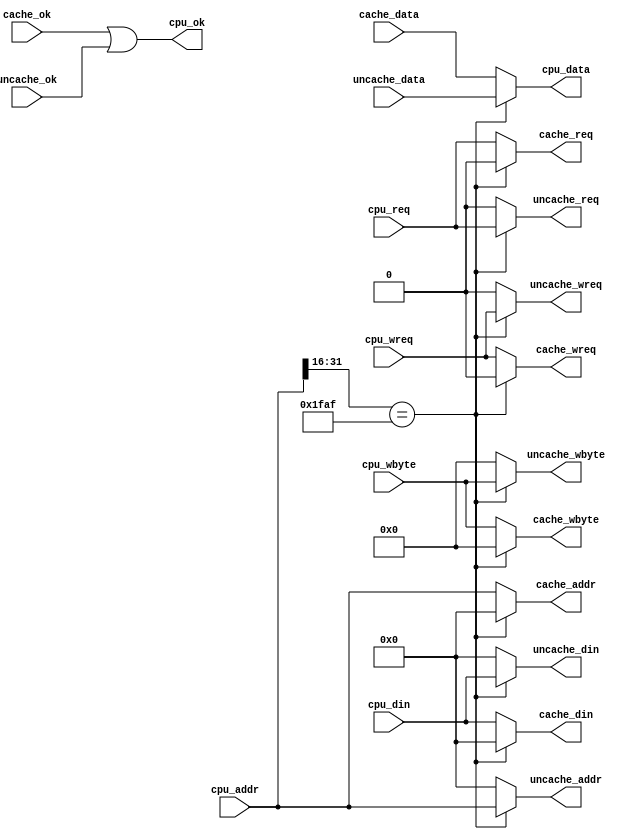
`timescale 1ns / 1ps
//////////////////////////////////////////////////////////////////////////////////
// Company: 
// Engineer: 
// 
// Design Name: 
// Module Name: xaddr
// Project Name: 
// Target Devices: 
// Tool Versions: 
// Description: 
// 
// Dependencies: 
// 
// Revision:
// Revision 0.01 - File Created
// Additional Comments:
// 
//////////////////////////////////////////////////////////////////////////////////


module xaddr(
//cpu
input [31:0] cpu_addr,
input [31:0] cpu_din,
output [31:0] cpu_data,
input cpu_req,
input cpu_wreq,
input [3:0] cpu_wbyte,
output cpu_ok,
//cache
output [31:0] cache_addr,
output [31:0] cache_din,
input [31:0] cache_data,
output cache_req,
output cache_wreq,
output [3:0] cache_wbyte,
input cache_ok,
//uncache
output [31:0] uncache_addr,
output [31:0] uncache_din,
input [31:0] uncache_data,
output uncache_req,
output uncache_wreq,
output [3:0] uncache_wbyte,
input uncache_ok
    );

wire zhuan;

assign zhuan=(cpu_addr[31:16]==16'h1faf);

assign cache_addr  =zhuan?  32'b0  :  cpu_addr ;
assign cache_din   =zhuan?  32'b0  :  cpu_din  ;
assign cache_req   =zhuan?      0  :  cpu_req  ;
assign cache_wreq  =zhuan?      0  :  cpu_wreq ;
assign cache_wbyte =zhuan?      0  :  cpu_wbyte;
assign uncache_addr  =(~zhuan)?  32'b0  :  cpu_addr ;
assign uncache_din   =(~zhuan)?  32'b0  :  cpu_din  ;
assign uncache_req   =(~zhuan)?      0  :  cpu_req  ;
assign uncache_wreq  =(~zhuan)?      0  :  cpu_wreq ;
assign uncache_wbyte =(~zhuan)?      0  :  cpu_wbyte;

assign cpu_ok=cache_ok|uncache_ok;
assign cpu_data=zhuan?uncache_data:cache_data;

endmodule